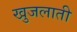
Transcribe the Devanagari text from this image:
खुजलाती